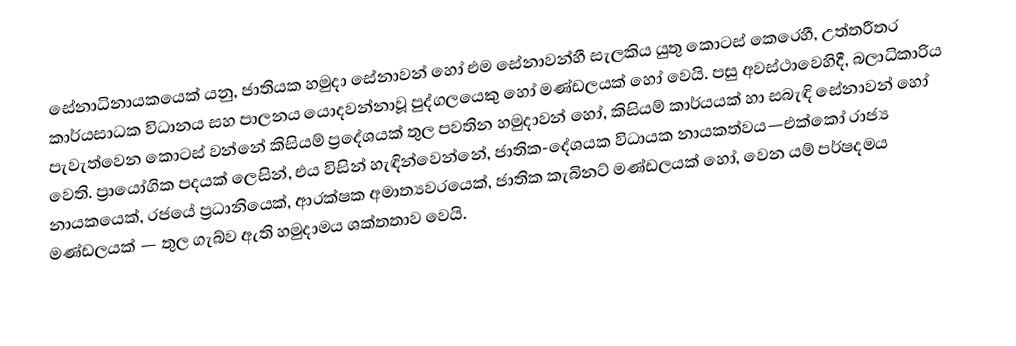
සේනාධිනායකයෙක් යනු,  ජාතියක හමුදා සේනාවන් හෝ එම සේනාවන්හී සැලකිය යුතු කොටස් කෙරෙහී, උත්තරීතර කාර්යසාධක විධානය සහ පාලනය  යොදවන්නාවූ පුද්ගලයෙකු හෝ මණ්ඩලයක් හෝ වෙයි. පසු අවස්ථාවෙහිදී, බලාධිකාරිය පැවැත්වෙන කොටස් වන්නේ කිසියම් ප්‍රදේශයක් තුල පවතින හමුදාවන් හෝ, කිසියම් කාර්යයක් හා සබැඳි සේනාවන් හෝ වෙති. ප්‍රායෝගික පදයක් ලෙසින්, එය විසින් හැඳින්වෙන්නේ, ජාතික-දේශයක විධායක නායකත්වය—එක්කෝ රාජ්‍ය නායකයෙක්, රජයේ ප්‍රධානියෙක්, ආරක්ෂක අමාත්‍යවරයෙක්, ජාතික කැබිනට් මණ්ඩලයක් හෝ, වෙන යම් පර්ෂදමය මණ්ඩලයක් — තුල ගැබ්ව ඇති හමුදාමය ශක්තතාව වෙයි.